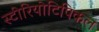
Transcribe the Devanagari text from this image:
स्टीरियोटिपिकल